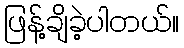
ဖြန့်ချိခဲ့ပါတယ်။